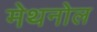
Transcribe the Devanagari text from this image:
मेथनोल